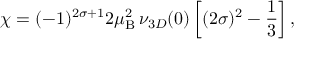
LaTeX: \chi = ( - 1 ) ^ { 2 \sigma + 1 } 2 \mu _ { \mathrm { B } } ^ { 2 } \, \nu _ { 3 D } ( 0 ) \left[ ( 2 \sigma ) ^ { 2 } - \frac { 1 } { 3 } \right] ,